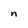
Character: n